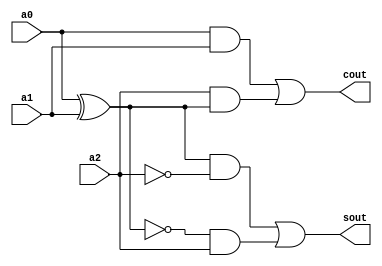
// ==============================================================
// 
// 3:2 Compressor
// 
// ==============================================================

module compressor3to2(
  input a0,
  input a1,
  input a2,
  output sout,
  output cout
);
  
  assign cout = (a0 & a1) | (a2 & (a0 ^ a1));
  assign sout = ((a0 ^ a1) & (~a2)) | ((~(a0 ^ a1)) & a2);
  
endmodule